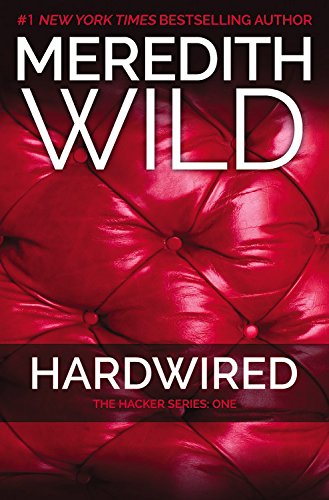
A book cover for Hardwired: The Hacker Series #1; Meredith Wild; Romance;